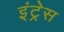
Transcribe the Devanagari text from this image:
इंट्रेस